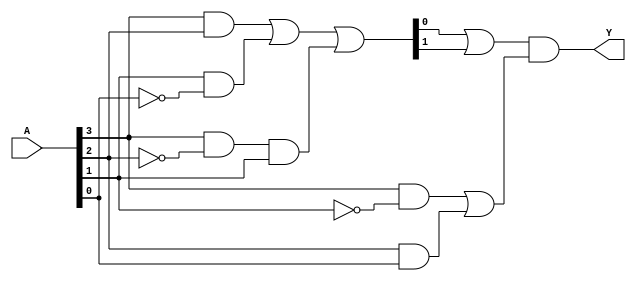
module HybridMinimization (
    input wire [3:0] A,      // 4-bit input, representing N=4 variables
    output wire Y            // Output, representing M=1
);

// Internal signals derived from K-map and Quine-McCluskey results
wire [15:0] minterms;      // Minterms based on input combination
wire kmap_result;
wire qm_result;

// K-map simplification - example logic for minterm grouping
assign minterms = (A[3] & A[2]) | (A[1] & ~A[0]) | (A[3] & ~A[2] & A[1]); // Example K-map result
assign kmap_result = minterms[0] | minterms[1]; // Simplified K-map result

// Quine-McCluskey simplification - example logic
assign qm_result = (A[3] & ~A[1]) | (A[2] & A[0]); // Example Quine-McCluskey result

// Combine both results
assign Y = kmap_result & qm_result; // Final output combining both methods

endmodule